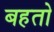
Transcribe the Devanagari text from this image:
बहतो